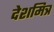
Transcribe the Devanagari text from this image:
देशमित्र